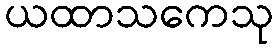
ယထာသကေသု